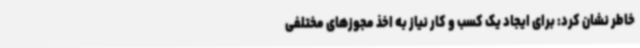
خاطر نشان کرد: برای ایجاد یک کسب و کار نیاز به اخذ مجوزهای مختلفی